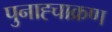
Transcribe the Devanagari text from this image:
पुनाह्चाक्रण